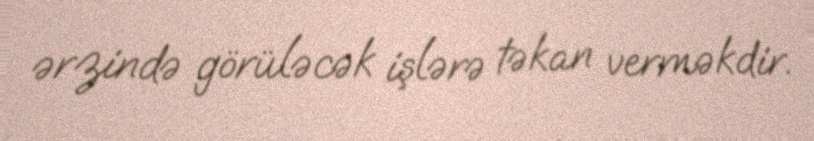
ərzində görüləcək işlərə təkan verməkdir.